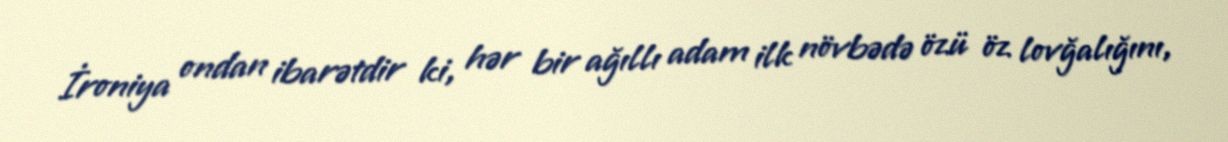
İroniya ondan ibarətdir ki, hər bir ağıllı adam ilk növbədə özü öz lovğalığını,